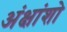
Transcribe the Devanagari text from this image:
अंक्षांशो